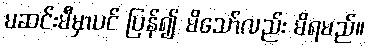
မဆင်းမီမှာပင် ပြန်၍ မိသော်လည်း မိရမည်။